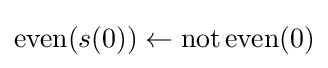
\operatorname {even} (s(0))\leftarrow \operatorname {not} \operatorname {even} (0)